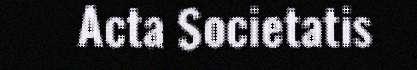
Acta Societatis